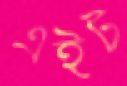
এইট